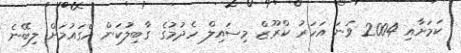
ކަމަށާއި 2004 ވަނަ އަހަރު ކްރޫޒް މިސައިލް ހެދުމުގެ ގާބިލުކަން އެގައުމަށް ލިބޭނެ